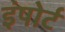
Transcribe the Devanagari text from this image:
इंपोर्ट